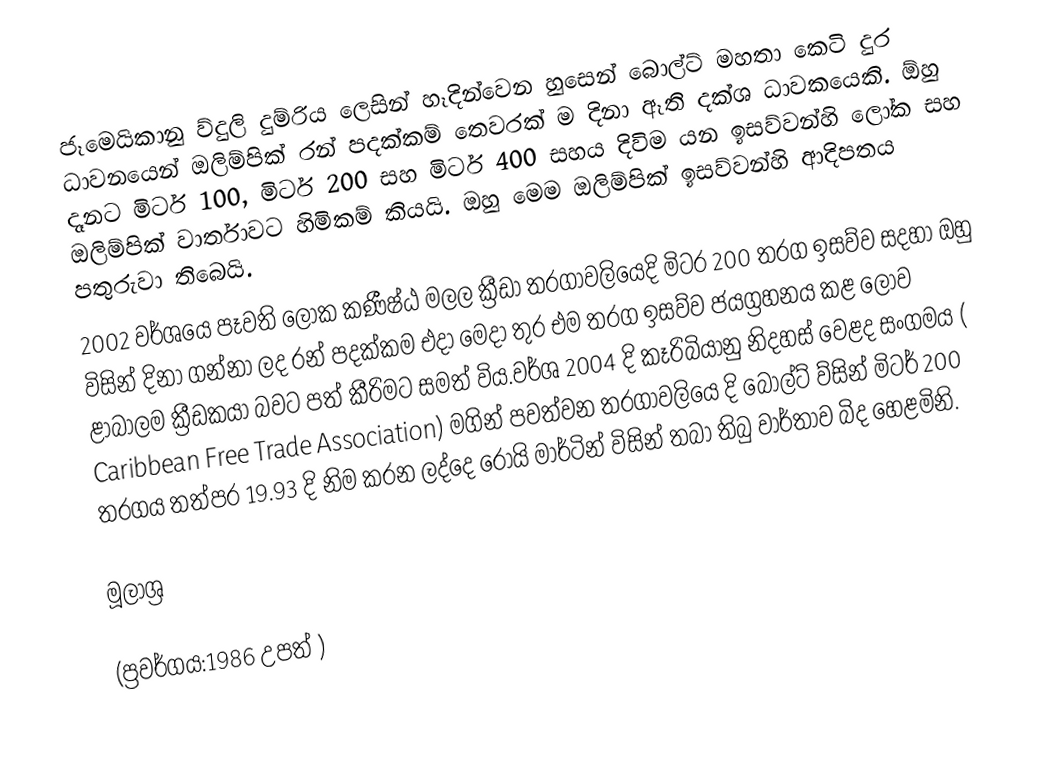
ජෑමෙයිකානු ව්දුලි දුම්රිය ලෙසින් හෑදින්වෙන හුසෙන් බොල්ට් මහතා කෙටි දුර ධාවනයෙන් ඔලිම්පික් රන් පදක්කම් තෙවරක් ම දිනා ඈති දක්ශ ධාවකයෙකි. ඕහු දෑනට මිටර් 100, මිටර් 200 සහ මිටර් 400 සහය දිවිම යන ඉසව්වන්හි ලෝක සහ ඔලිම්පික් වාර්තාවට හිමිකම් කියයි. ඔහු මෙම ඔලිම්පික් ඉසව්වන්හි ආදිපත‍‍ය පතුරුවා තිබෙයි.
2002 වර්ශයෙ පෑවති ලෝක කණීෂ්ඨ මලල ක්‍රීඩා තරගාවලියෙදි මිටර 200 තරග ඉසව්ව සදහා ඔහු විසින් දිනා ගන්නා ලද රන් පදක්කම එදා මෙදා තුර එම තරග ඉසව්ව ජයග්‍රහනය කළ ලොව ළාබාලම ක්‍රීඩකයා බවට පත් කීරිමට සමත් විය.වර්ශ 2004 දි කෑරිබියානු නිදහස් වෙළද සංගමය ( Caribbean Free Trade Association) මගින් පවත්වන තරගාවලියෙ දි බොල්ට් ව්සින් මිටර් 200 තරගය තත්පර 19.93 දි නිම කරන ලද්දෙ රොයි මාර්ටින් විසින් තබා තිබු වාර්තාව බිද හෙළමිනි.

මූලාශ්‍ර

(ප්‍රවර්ගය:1986 උපත් )